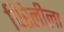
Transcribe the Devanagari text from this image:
पिरेलीला